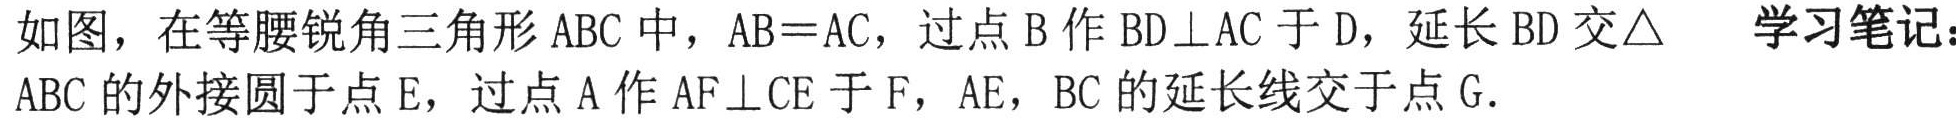
如图，在等腰锐角三角形 \(ABC\) 中，\(AB = AC\)，过点 \(B\) 作 \(BD\perp AC\) 于 \(D\)，延长 \(BD\) 交\(\triangle\)  学习笔记：\(ABC\) 的外接圆于点 \(E\)，过点 \(A\) 作 \(AF\perp CE\) 于 \(F\)，\(AE\)，\(BC\) 的延长线交于点 \(G\).